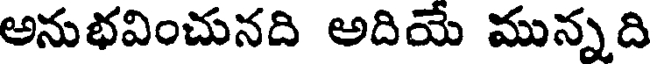
అనుభవించునది అదియే మున్నది